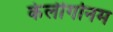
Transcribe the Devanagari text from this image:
केलीगोनम